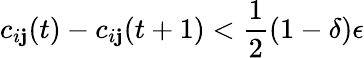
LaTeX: c_{i\mathbf{j}}(t)-c_{i\mathbf{j}}(t+1)<\frac{{1}}{{2}}(1-\delta)\epsilon